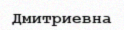
Дмитриевна